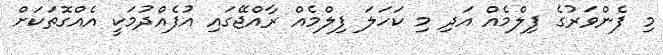
މި ފެންވަރުގެ ފިލްމެއް އަދި މި ކަހަލަ ފިލްމެއް ރާއްޖޭގައި އުފެއްދުމަކީ އެއްގޮތަކަށް